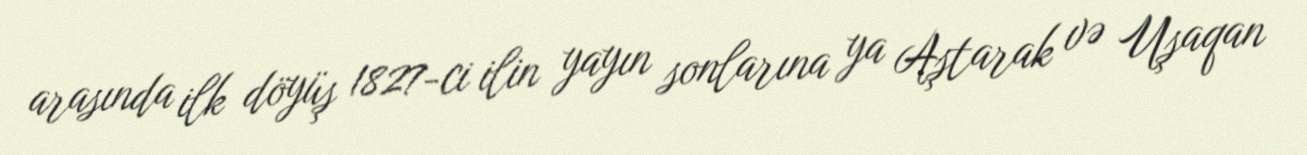
arasında ilk döyüş 1827-ci ilin yayın sonlarına ya Aştarak və Uşaqan